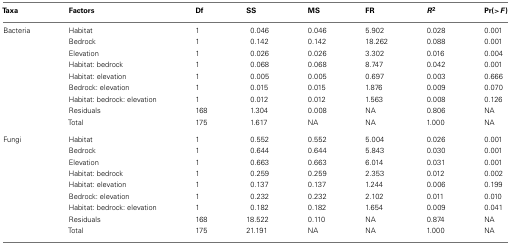
<table><thead><tr><td><b>Taxa</b></td><td><b>Factors</b></td><td><b>Df</b></td><td><b>SS</b></td><td><b>MS</b></td><td><b>FR</b></td><td><b><i>R</i><sup>2</sup></b></td><td><b>Pr(&gt;<i>F</i>)</b></td></tr></thead><tbody><tr><td>Bacteria</td><td>Habitat</td><td>1</td><td>0.046</td><td>0.046</td><td>5.902</td><td>0.028</td><td>0.001</td></tr><tr><td></td><td>Bedrock</td><td>1</td><td>0.142</td><td>0.142</td><td>18.262</td><td>0.088</td><td>0.001</td></tr><tr><td></td><td>Elevation</td><td>1</td><td>0.026</td><td>0.026</td><td>3.302</td><td>0.016</td><td>0.004</td></tr><tr><td></td><td>Habitat: bedrock</td><td>1</td><td>0.068</td><td>0.068</td><td>8.747</td><td>0.042</td><td>0.001</td></tr><tr><td></td><td>Habitat: elevation</td><td>1</td><td>0.005</td><td>0.005</td><td>0.697</td><td>0.003</td><td>0.666</td></tr><tr><td></td><td>Bedrock: elevation</td><td>1</td><td>0.015</td><td>0.015</td><td>1.876</td><td>0.009</td><td>0.070</td></tr><tr><td></td><td>Habitat: bedrock: elevation</td><td>1</td><td>0.012</td><td>0.012</td><td>1.563</td><td>0.008</td><td>0.126</td></tr><tr><td></td><td>Residuals</td><td>168</td><td>1.304</td><td>0.008</td><td>NA</td><td>0.806</td><td>NA</td></tr><tr><td></td><td>Total</td><td>175</td><td>1.617</td><td>NA</td><td>NA</td><td>1.000</td><td>NA</td></tr><tr><td>Fungi</td><td>Habitat</td><td>1</td><td>0.552</td><td>0.552</td><td>5.004</td><td>0.026</td><td>0.001</td></tr><tr><td></td><td>Bedrock</td><td>1</td><td>0.644</td><td>0.644</td><td>5.843</td><td>0.030</td><td>0.001</td></tr><tr><td></td><td>Elevation</td><td>1</td><td>0.663</td><td>0.663</td><td>6.014</td><td>0.031</td><td>0.001</td></tr><tr><td></td><td>Habitat: bedrock</td><td>1</td><td>0.259</td><td>0.259</td><td>2.353</td><td>0.012</td><td>0.002</td></tr><tr><td></td><td>Habitat: elevation</td><td>1</td><td>0.137</td><td>0.137</td><td>1.244</td><td>0.006</td><td>0.199</td></tr><tr><td></td><td>Bedrock: elevation</td><td>1</td><td>0.232</td><td>0.232</td><td>2.102</td><td>0.011</td><td>0.010</td></tr><tr><td></td><td>Habitat: bedrock: elevation</td><td>1</td><td>0.182</td><td>0.182</td><td>1.654</td><td>0.009</td><td>0.041</td></tr><tr><td></td><td>Residuals</td><td>168</td><td>18.522</td><td>0.110</td><td>NA</td><td>0.874</td><td>NA</td></tr><tr><td></td><td>Total</td><td>175</td><td>21.191</td><td>NA</td><td>NA</td><td>1.000</td><td>NA</td></tr></tbody></table>